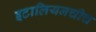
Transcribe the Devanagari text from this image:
इटालियनचीच